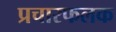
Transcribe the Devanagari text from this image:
प्रचारफलक